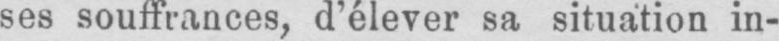
ses souffrances, d’élever sa situation in-